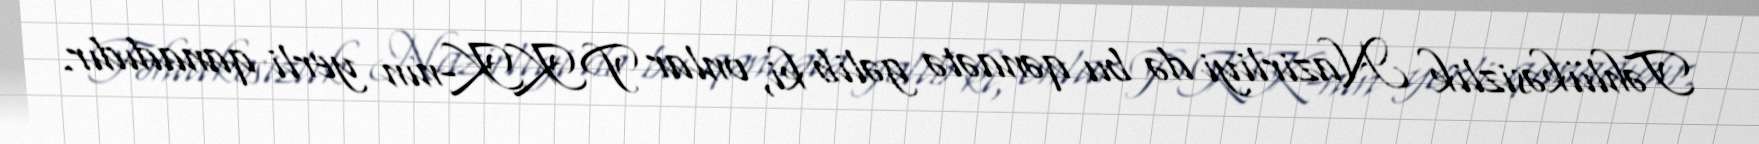
Təhlükəsizlik Nazirliyi də bu qənaətə gəlib ki, onlar PKK-nın yerli qanadıdır.